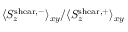
\langle S _ { z } ^ { \mathrm { s h e a r , - } } \rangle _ { x y } / \langle S _ { z } ^ { \mathrm { s h e a r , + } } \rangle _ { x y }